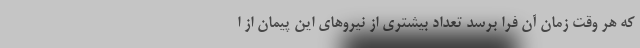
که هر وقت زمان آن فرا برسد تعداد بیشتری از نیروهای این پیمان از ا